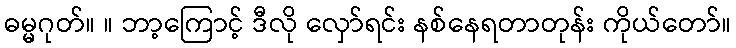
ဓမ္မဂုတ်။ ။ ဘာ့ကြောင့် ဒီလို လှော်ရင်း နစ်နေရတာတုန်း ကိုယ်တော်။